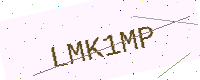
Text: LMK1MP